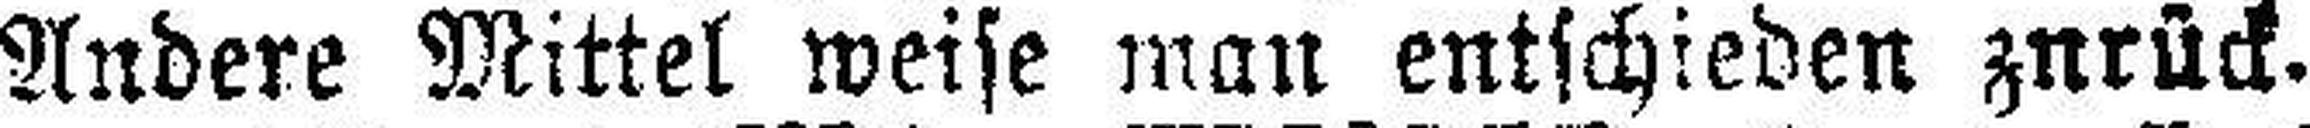
Andere Mittel weise man entschieden zurück.